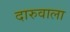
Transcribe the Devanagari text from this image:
दारुवाला